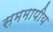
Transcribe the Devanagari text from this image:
सममापीय